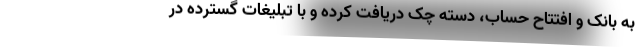
به بانک و افتتاح حساب، دسته چک دریافت کرده و با تبلیغات گسترده در